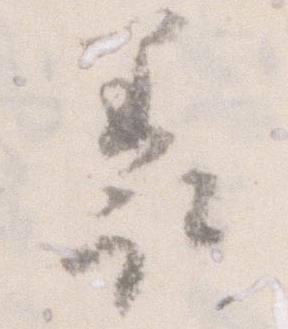
羨